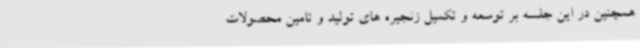
همچنین در این جلسه بر توسعه و تکمیل زنجیره های تولید و تامین محصولات